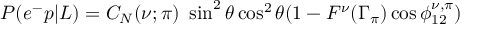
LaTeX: P ( e ^ { - } p | L ) = C _ { N } ( \nu ; \pi ) \ \sin ^ { 2 } \theta \cos ^ { 2 } \theta ( 1 - F ^ { \nu } ( \Gamma _ { \pi } ) \cos \phi _ { 1 2 } ^ { \nu , \pi } )